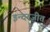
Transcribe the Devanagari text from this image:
इन्दरजीत